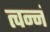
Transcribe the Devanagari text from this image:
त्वन्नं